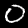
Digit: 0